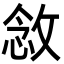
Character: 敜